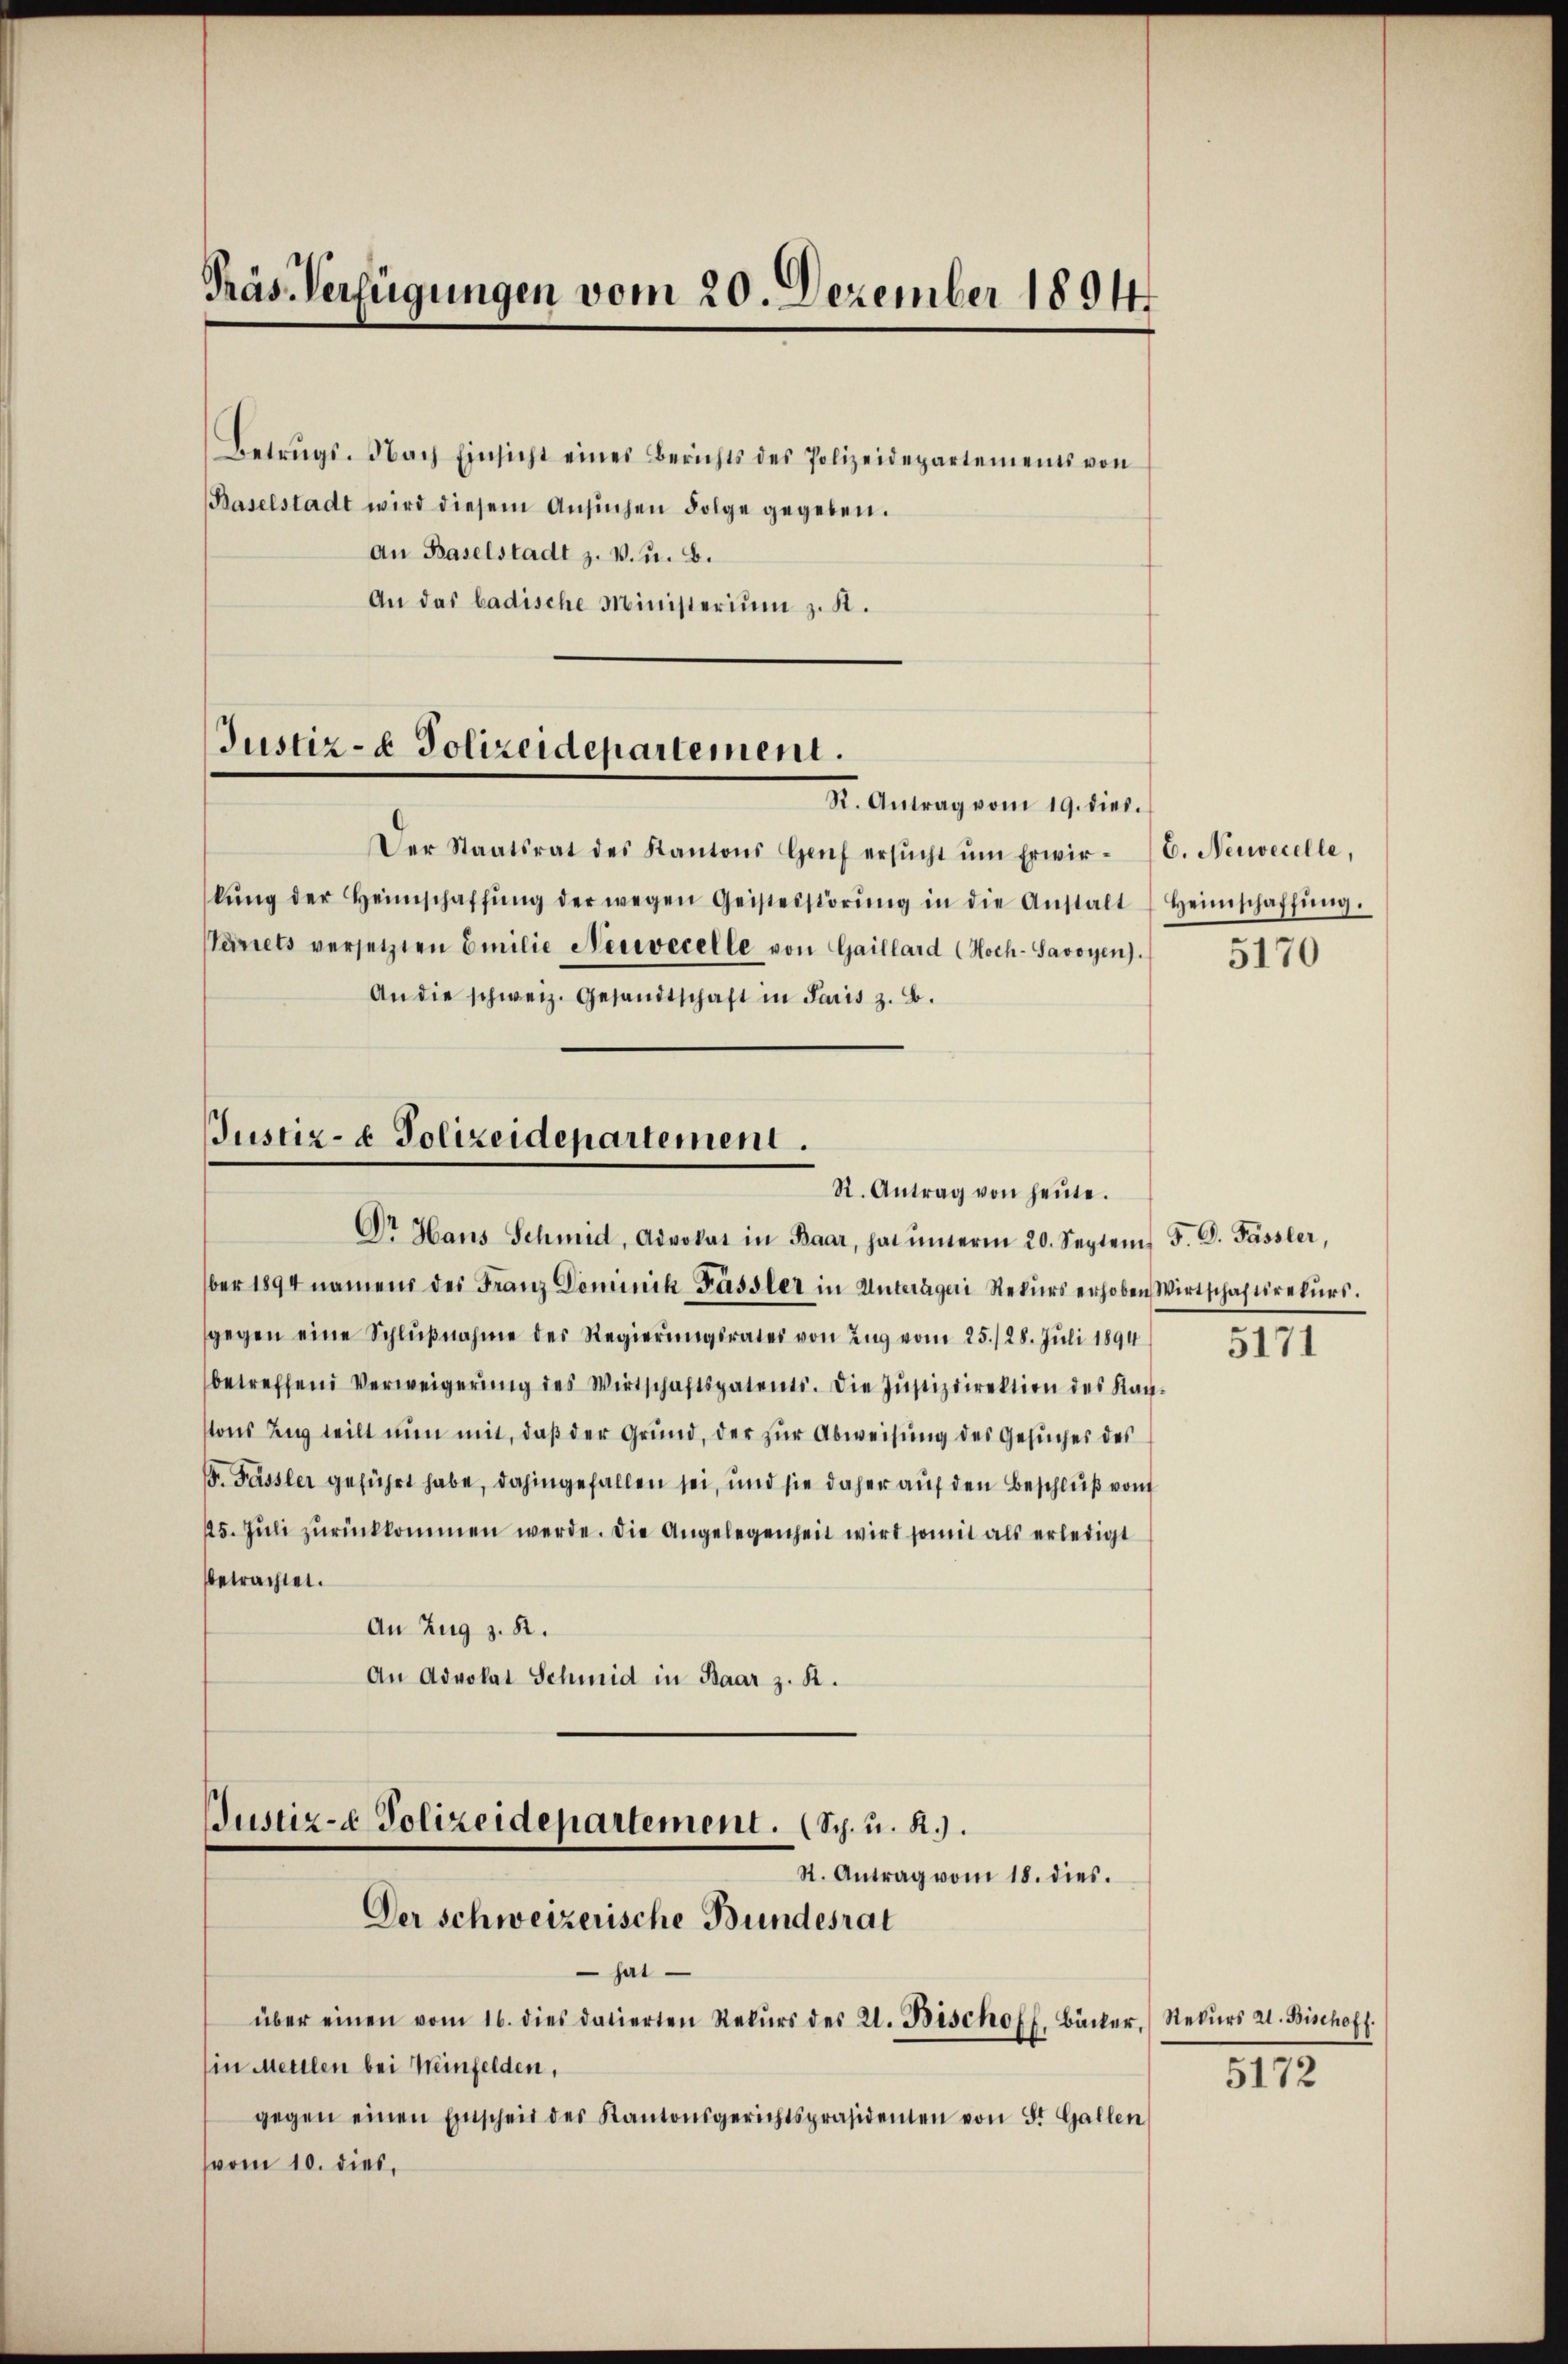
Präs. Verfügungen vom 20. Dezember 1894

Betrŭgs. Nach Einsicht eines Berichts des Polizeidepartements von
Baselstadt wird diesem Ansichen Folge gegeben.
an Baselstadt z. v. u. B.
An das badische Ministerium z. R.

Justiz- & Polizeidepartement.

R. Antrag vom 19. dies.
Der Staatsrat des Kantons Genf ersŭcht ŭm Erwir- (C. Neuecelle,
kŭng der Heimschaffŭng der wegen Geistesstörŭng in die Anstalt Heimschaffŭng.
eirrets versetzten Emilie Nervecelle von Gaillard (Hoch-Savoyen).
An die schweiz. Gesandtschaft in Paris z. B.

Justiz- & Polizeidepartement.
R. Antrag von heŭte.
Dr Haus Schmid, Advokat in Baar, hat unerm 20. Septem 5. G. Fässler,

ber 1894 namens des Franz Dominik Fassler in Unteräger Rekurs erhoben Wirtschaftsrekurs.
gegen eine Schlŭβnahme des Regierŭngsrates von Zŭg vom 25./28. Juli 1894
betreffend Verweigerŭng des Wirtschaftspatents. Die Justizdirektion des Kan-
tons Zug teilt nun mit, daß der Grund, der zur Abweisung des Gesuches des
F. Fassler geführt habe, dahingefallen sei, und sie daher auf den Beschluß vom
15. Juli zurückkommen werde. Die Angelegenheit wird somit als erledigt
betrachtet.
An Zug z. R.
An Advokat Schmid in Paar z. R.
Justiz- & Polizeidepartement. (Sch. u. R.).
St. Antrag vom 18. dies.
Der schweizerische Bundesrat
sai
über einen vom 16. dies datierten Rekŭrs des 21. Bischoff, Bäcker Rekŭrs 21. Bischoff
Ein Mettlen bei Meinfelden,
gegen einen Einscheit des Kantonsgerichtspräsidenten von St. Gallen
vom 10. dies,

5170

5171

5172